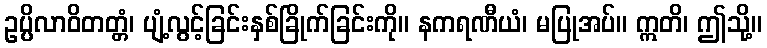
ဥပ္ပိလာဝိတတ္တံ၊ ပျံ့လွင့်ခြင်းနှစ်ခြိုက်ခြင်းကို။ နကရဏီယံ၊ မပြုအပ်။ ဣတိ၊ ဤသို့။